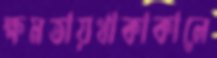
ক্ষমতায়থাকাকালে